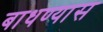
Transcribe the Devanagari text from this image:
बाधण्यास